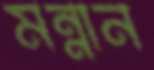
মন্নান